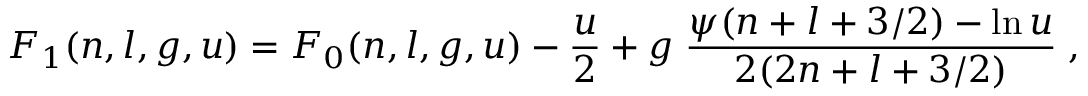
F _ { 1 } ( n , l , g , u ) = F _ { 0 } ( n , l , g , u ) - \frac { u } { 2 } + g \; \frac { \psi ( n + l + 3 / 2 ) - \ln u } { 2 ( 2 n + l + 3 / 2 ) } \; ,